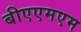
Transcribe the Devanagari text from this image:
बीएएमएम